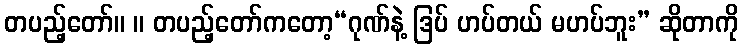
တပည့်တော်။ ။ တပည့်တော်ကတော့“ဂုဏ်နဲ့ ဒြပ် ဟပ်တယ် မဟပ်ဘူး” ဆိုတာကို